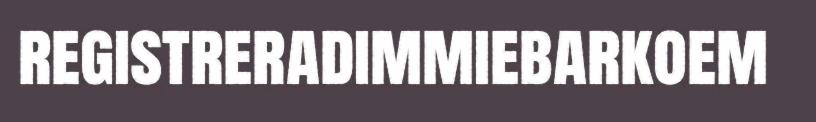
registreradimmiebarkoem